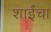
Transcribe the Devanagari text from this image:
शाईंचा